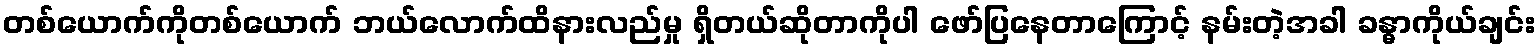
တစ်ယောက်ကိုတစ်ယောက် ဘယ်လောက်ထိနားလည်မှု ရှိတယ်ဆိုတာကိုပါ ဖော်ပြနေတာကြောင့် နမ်းတဲ့အခါ ခန္ဓာကိုယ်ချင်း